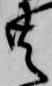
共